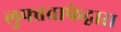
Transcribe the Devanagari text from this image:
लुफ्तवाफेद्वारा